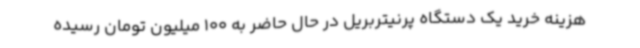
هزینه خرید یک دستگاه پرنیتربریل در حال حاضر به 100 میلیون تومان رسیده